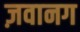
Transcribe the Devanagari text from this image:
ज़वानग